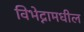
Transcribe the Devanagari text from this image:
विभेद्नामधील